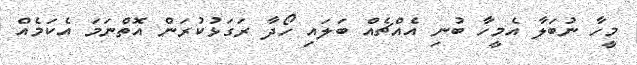
މީހާ ނުބަލާ އެމީހާ ބުނި އެއްޗެއް ބަލައި ހޯދާ ރަގަޅުކުރަން އޮތްނަމަ އެކަމެއް